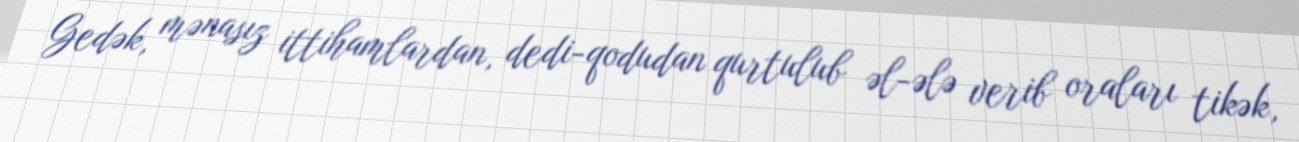
Gedək, mənasız ittihamlardan, dedi-qodudan qurtulub əl-ələ verib oraları tikək,